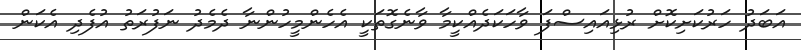
އަބަދު ހަރުކަށިކޮށް ރުޅިއައިސްފަ ވާހަކަދެއްކީމާ ވާނެގޮތަކީ އެހެންމީހުންނާ ދެމެދު ނަފުރަތު އުފެދި އެކަން